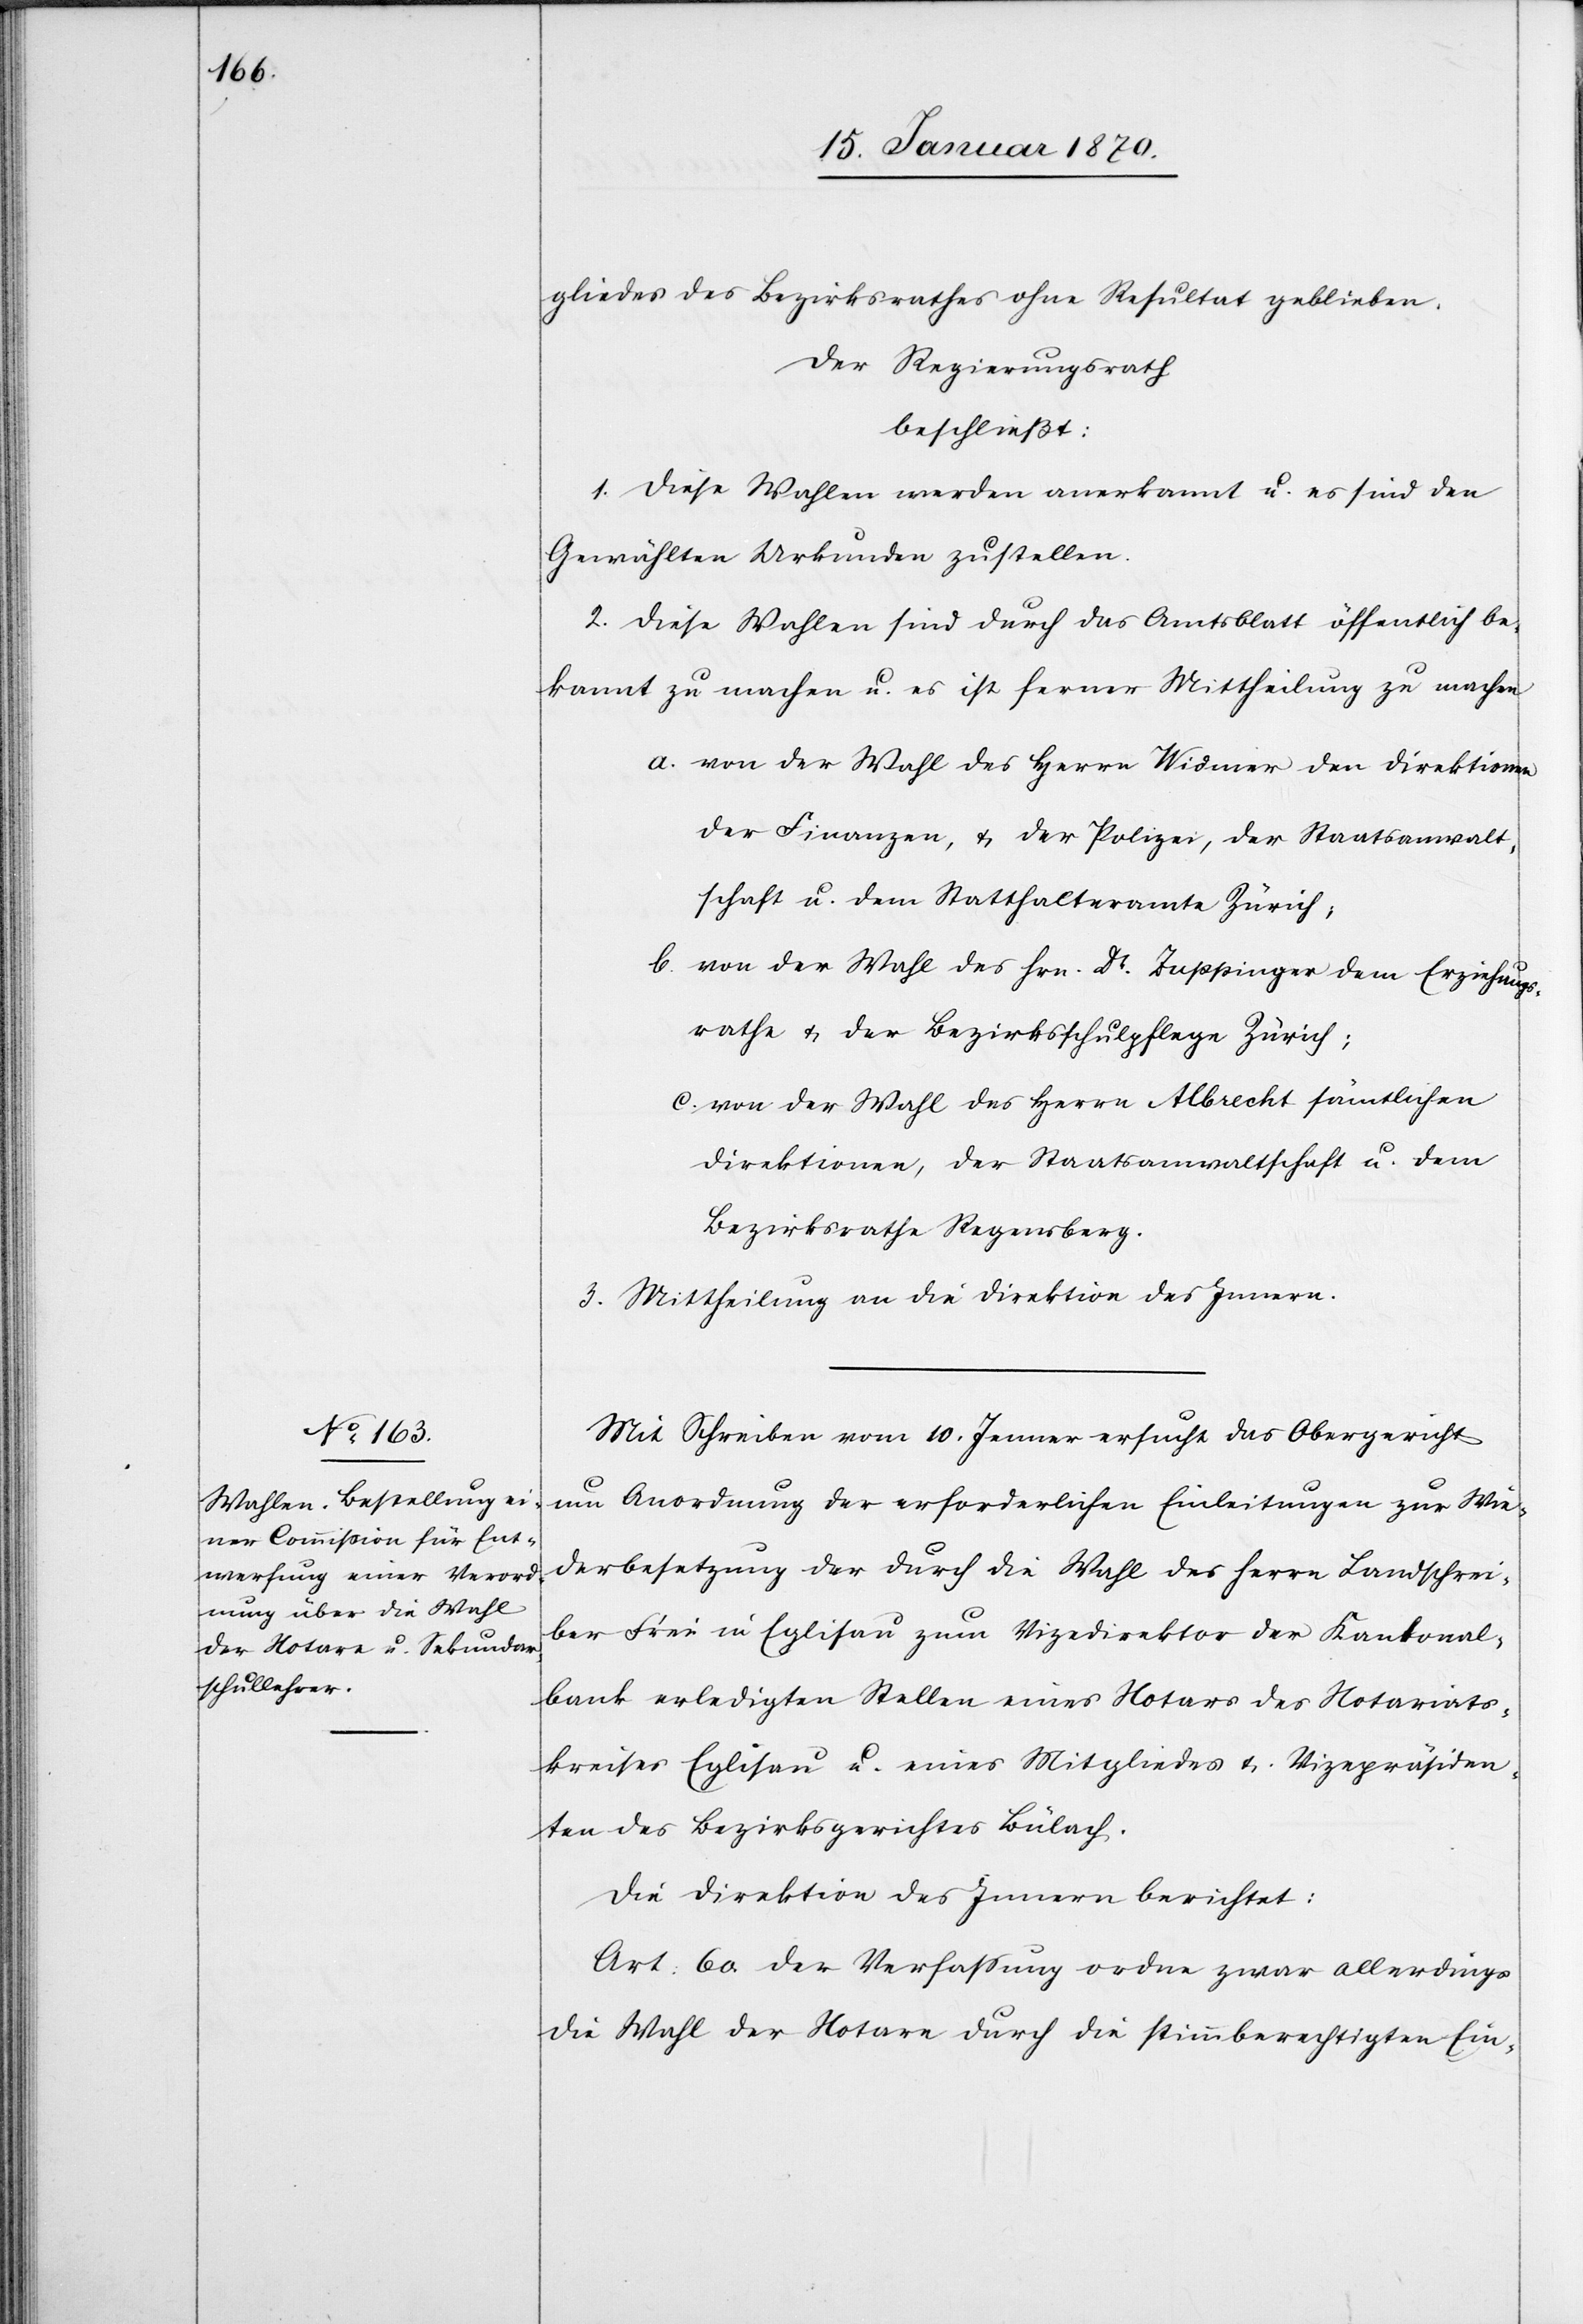
gliedes des Bezirksrathes ohne Resultat geblieben.
Der Regierungsrath
beschließt:
1. Diese Wahlen werden anerkannt u. es sind den
Gewählten Urkunden zu[zu]stellen.
2. Diese Wahlen sind durch das Amtsblatt öffentlich be¬
kannt zu machen u. es ist ferner Mittheilung zu machen
a. von der Wahl des Herrn Widmer den Direktionen
der Finanzen, u. der Polizei, der Staatsanwalt¬
schaft u. dem Statthalteramte Zürich;
b. von der Wahl des Hrn. Dr. Zuppinger dem Erziehungs¬
rathe u. der Bezirksschulpflege Zürich;
c. von der Wahl des Herrn Albrecht sämtlichen
Direktionen, der Staatsanwaltschaft u. dem
Bezirksrathe Regensberg.
3. Mittheilung an die Direktion des Innern.
Mit Schreiben vom 10. Januar ersucht das Obergericht
um Anordnung der erforderlichen Einleitungen zur Wie¬
derbesetzung der durch die Wahl des Herrn Landschrei¬
ber Frei in Eglisau zum Vizedirektor der Kantonal¬
bank erledigten Stellen eines Notars des Notariats¬
kreises Eglisau u. eines Mitgliedes u. Vizepräsiden¬
ten des Bezirksgerichtes Bülach.
Die Direktion des Innern berichtet:
Art: 60. der Verfassung ordne zwar allerdings
die Wahl der Notare durch die stimmberechtigten Ein-